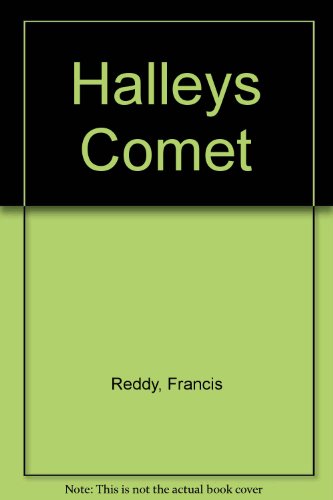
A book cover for Halleys Comet; Francis Reddy; Science & Math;